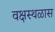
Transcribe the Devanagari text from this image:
वक्षस्थळास